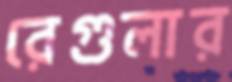
রেগুলার